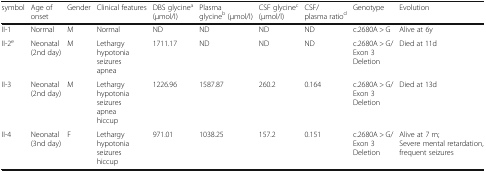
<table><thead><tr><td><b>symbol</b></td><td><b>Age of onset</b></td><td><b>Gender</b></td><td><b>Clinical features</b></td><td><b>DBS glycine<sup>a</sup> (μmol/l)</b></td><td><b>Plasma glycine<sup>b</sup> (μmol/l)</b></td><td><b>CSF glycine<sup>c</sup> (μmol/l)</b></td><td><b>CSF/plasma ratio<sup>d</sup></b></td><td><b>Genotype</b></td><td><b>Evolution</b></td></tr></thead><tbody><tr><td>II-1</td><td>Normal</td><td>M</td><td>Normal</td><td>ND</td><td>ND</td><td>ND</td><td>ND</td><td>c.2680A &gt; G</td><td>Alive at 6y</td></tr><tr><td>II-2<sup>e</sup></td><td>Neonatal (2nd day)</td><td>M</td><td>Lethargy hypotoniaseizuresapnea</td><td>1711.17</td><td>ND</td><td>ND</td><td>ND</td><td>c.2680A &gt; G/Exon 3 Deletion</td><td>Died at 11d</td></tr><tr><td>II-3</td><td>Neonatal (2nd day)</td><td>M</td><td>Lethargy hypotonia seizuresapneahiccup</td><td>1226.96</td><td>1587.87</td><td>260.2</td><td>0.164</td><td>c.2680A &gt; G/Exon 3 Deletion</td><td>Died at 13d</td></tr><tr><td>II-4</td><td>Neonatal (3nd day)</td><td>F</td><td>Lethargyhypotoniaseizureshiccup</td><td>971.01</td><td>1038.25</td><td>157.2</td><td>0.151</td><td>c.2680A &gt; G/Exon 3 Deletion</td><td>Alive at 7 m;Severe mental retardation, frequent seizures</td></tr></tbody></table>